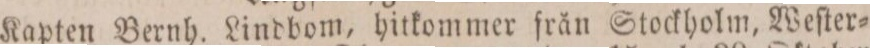
Kapten Bernh. Lindbom, hitkommer från Stockholm, Weſter=